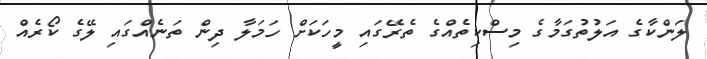
ލަންކާގެ އަލުތުގަމާގެ މިސްކިތެއްގެ ތެރޭގައި މީހަކަށް ހަމަލާ ދިން ތަނެއްގައި ލޭގެ ކޯރެއް